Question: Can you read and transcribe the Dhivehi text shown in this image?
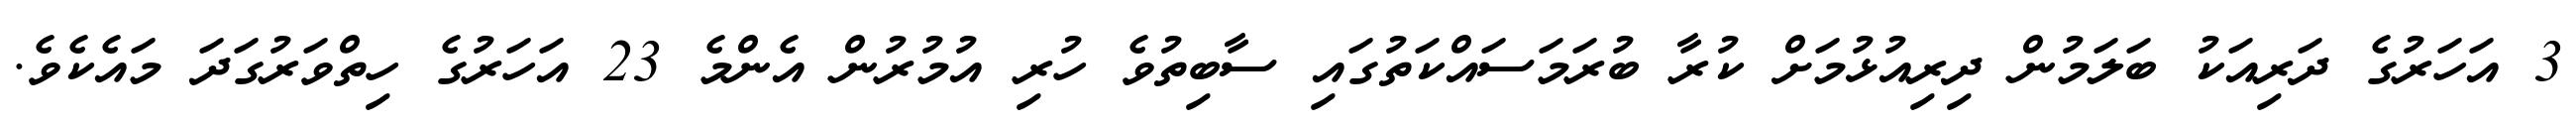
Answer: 3 އަހަރުގެ ދަރިއަކު ބަލަމުން ދިރިއުޅުމަށް ކުރާ ބުރަމަސައްކަތުގައި ސާބިތުވެ ހުރި އުމުރުން އެންމެ 23 އަހަރުގެ ހިތްވަރުގަދަ މައެކެވެ.